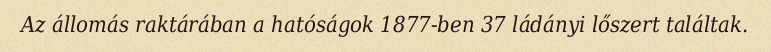
Az állomás raktárában a hatóságok 1877-ben 37 ládányi lőszert találtak.